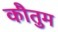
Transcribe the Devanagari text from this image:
कौतुम